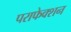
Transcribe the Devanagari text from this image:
पराफेक्शन